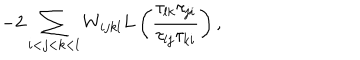
- 2 \sum _ { i < j < k < l } W _ { i j k l } L \left( \frac { \tau _ { l k } \tau _ { j i } } { \tau _ { l j } \tau _ { k i } } \right) ,